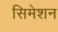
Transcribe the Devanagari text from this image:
सिमेशन